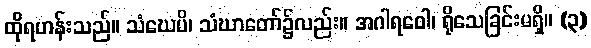
ထိုရဟန်းသည်။ သံဃေပိ၊ သံဃာတော်၌လည်း။ အဂါရဝေါ၊ ရိုသေခြင်းမရှိ။ (၃)